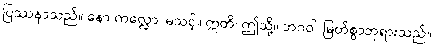
ပြဿနာသည်။ နော ကလ္လော၊ မသင့်။ ဣတိ၊ ဤသို့။ ဘဂဝါ၊ မြတ်စွာဘုရားသည်။